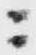
ニ